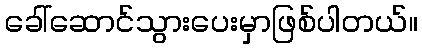
ခေါ်ဆောင်သွားပေးမှာဖြစ်ပါတယ်။